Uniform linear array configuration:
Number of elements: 12
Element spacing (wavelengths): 0.25
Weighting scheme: kaiser
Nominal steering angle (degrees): -60
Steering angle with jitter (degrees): -61.473
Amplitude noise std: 0.05
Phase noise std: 0.05

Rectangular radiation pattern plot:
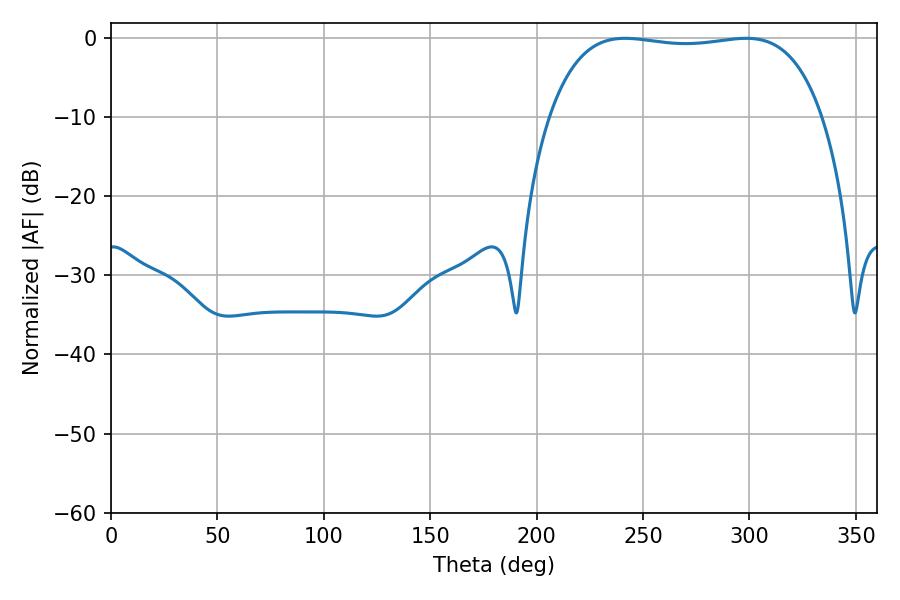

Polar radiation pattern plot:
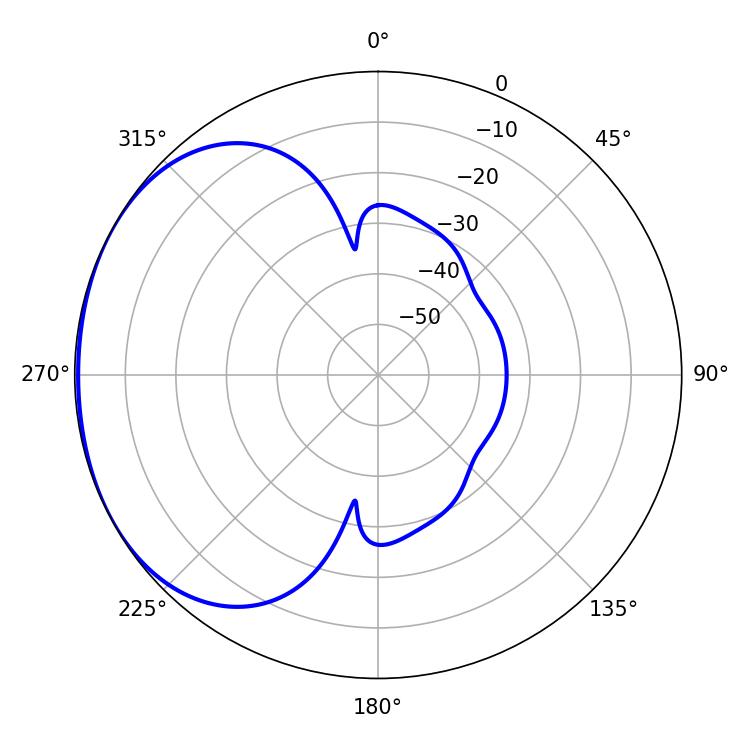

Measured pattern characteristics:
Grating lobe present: FALSE
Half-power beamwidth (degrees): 102.24
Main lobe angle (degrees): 241.56